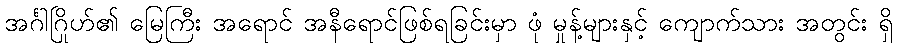
အင်္ဂါဂြိုဟ်၏ မြေကြီး အရောင် အနီရောင်ဖြစ်ရခြင်းမှာ ဖုံ မှုန့်များနှင့် ကျောက်သား အတွင်း ရှိ